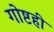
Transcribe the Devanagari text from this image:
गोष्टही